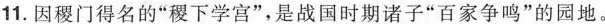
11.因稷门得名的”稷下学宫”，是战国时期诸子”百家争鸣”的园地。